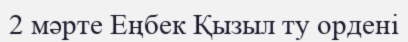
2 мәрте Еңбек Қызыл ту ордені